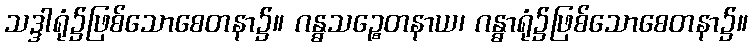
သဒ္ဒါရုံ၌ဖြစ်သောစေတနာ၌။ ဂန္ဓသဉ္စေတနာယ၊ ဂန္ဓာရုံ၌ဖြစ်သောစေတနာ၌။